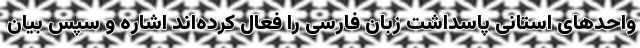
واحدهای استانی پاسداشت زبان فارسی را فعال کرده‌اند اشاره و سپس بیان